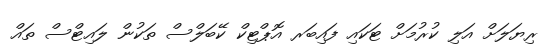
ރިޔަލަށް އަލި ކުރުމަށް ޓަކައި ފައިބަރ އޮޕްޓިކް ކޭބަލްސް ތަކުން ލައިޓްސް ތައް